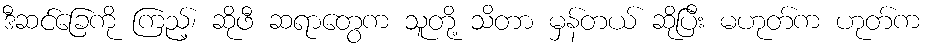
ဒီဆင်ခြေကို ကြည့်၊ ဆိုဖီ ဆရာတွေက သူတို့ သိတာ မှန်တယ် ဆိုပြီး မဟုတ်က ဟုတ်က